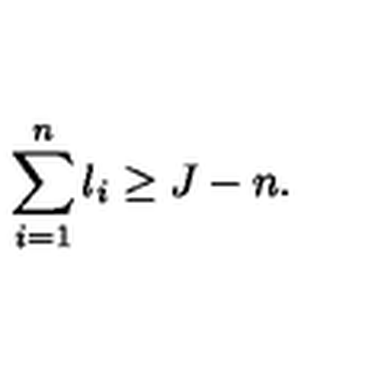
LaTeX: \sum _ { i = 1 } ^ { n } l _ { i } \geq J - n .